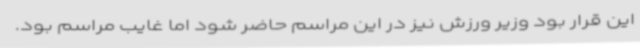
این قرار بود وزیر ورزش نیز در این مراسم حاضر شود اما غایب مراسم بود.